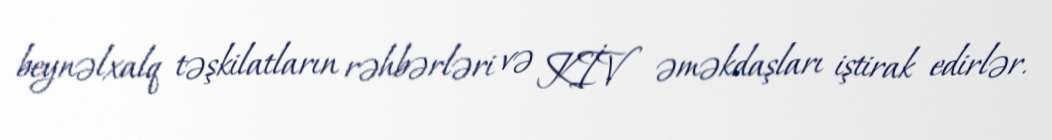
beynəlxalq təşkilatların rəhbərləri və KİV əməkdaşları iştirak edirlər.